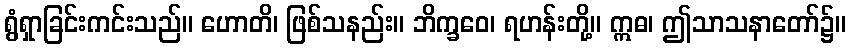
ရွံရှာခြင်းကင်းသည်။ ဟောတိ၊ ဖြစ်သနည်း။ ဘိက္ခဝေ၊ ရဟန်းတို့။ ဣဓ၊ ဤသာသနာတော်၌။